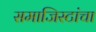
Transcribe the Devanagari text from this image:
समाजिस्टांचा